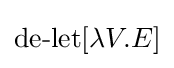
\operatorname {de-let} [\lambda V.E]